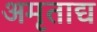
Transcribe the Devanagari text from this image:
अमृताद्य